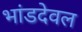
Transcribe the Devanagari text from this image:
भांडदेवल